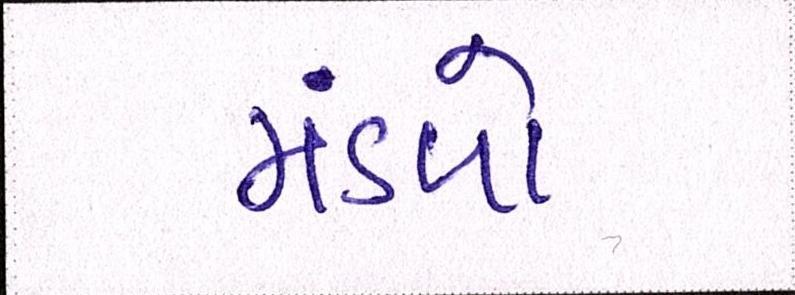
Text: મંડળો